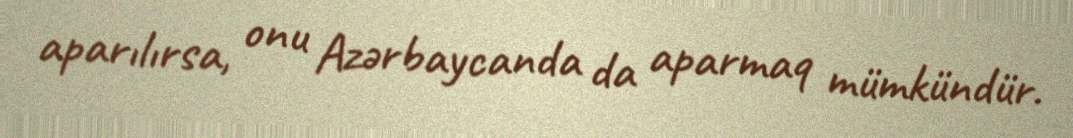
aparılırsa, onu Azərbaycanda da aparmaq mümkündür.